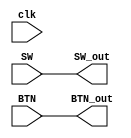
`timescale 1ns / 1ps
//////////////////////////////////////////////////////////////////////////////////
// Company: 
// Engineer: 
// 
// Design Name: 
// Module Name:    Input_2_32bit 
// Project Name: 
// Target Devices: 
// Tool versions: 
// Description: 
//
// Dependencies: 
//
// Revision: 
// Revision 0.01 - File Created
// Additional Comments: 
//
//////////////////////////////////////////////////////////////////////////////////
module   Enter(input clk,
                input[4:0] BTN,	 // 
                input[15:0] SW, // ????
                output[4:0] BTN_out,
                output[15:0] SW_out // ????
            );
	// TODO 

    // always @(*) begin
    //     BTN_out = BTN;
    //     SW_out = SW;
    // end
	
    assign BTN_out = BTN;
    assign SW_out = SW;

endmodule